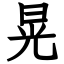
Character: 晃